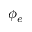
\phi _ { e }